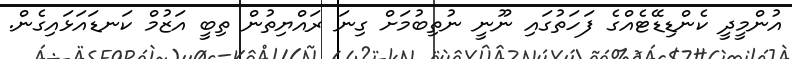
އުންމީދީ ކެންޑިޑޭޓެއްގެ ފަހަތުގައި ނޫނީ ނުތިބުމަށް ގިނަ ރައްޔިތުން ތިބީ އަޒުމް ކަނޑައަޅައިގެން.